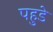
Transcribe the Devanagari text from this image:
पहुडे